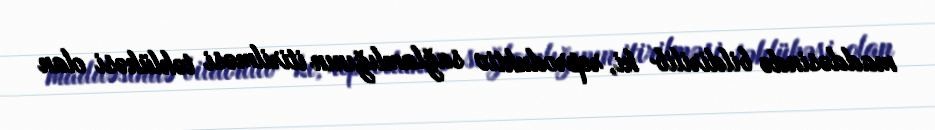
maddəsində bildirilib ki, reproduktiv sağlamlığının itirilməsi təhlükəsi olan